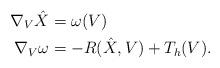
LaTeX: \begin{align*}\nabla_{V} \hat X &= \omega (V)\\\nabla_V \omega&= -R(\hat X, V) + T_h (V).\end{align*}